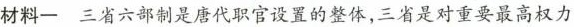
材料一三省六部制是唐代职官设置的整体，三省是对重要最高权力